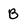
Character: B